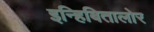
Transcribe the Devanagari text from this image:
इन्हिबितालोर